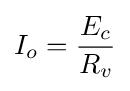
I_{o}={E_{c} \over R_{v}}